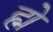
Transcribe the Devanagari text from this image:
ह्में